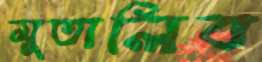
মুতালিব